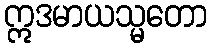
ဣဒမာယသ္မတော